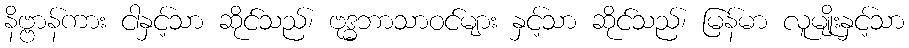
နိဗ္ဗာန်ကား ငါနှင့်သာ ဆိုင်သည်၊ ဗုဒ္ဓဘာသာဝင်များ နှင့်သာ ဆိုင်သည်၊ မြန်မာ လူမျိုးနှင့်သာ